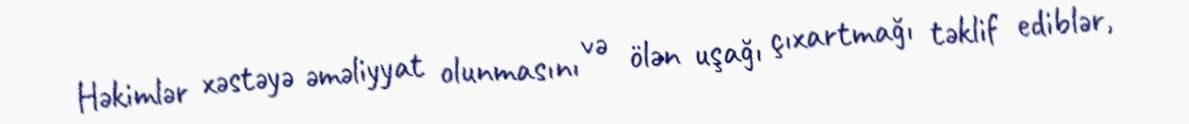
Həkimlər xəstəyə əməliyyat olunmasını və ölən uşağı çıxartmağı təklif ediblər,